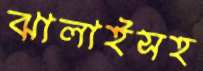
ঝালাইসহ